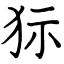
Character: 狋